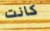
كانت